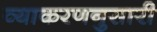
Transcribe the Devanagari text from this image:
व्याकरणनुसारी